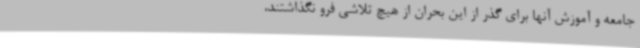
جامعه و آموزش آنها برای گذر از این بحران از هیچ تلاشی فرو نگذاشتند،